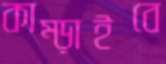
কাম্‌ড়াইবে